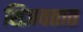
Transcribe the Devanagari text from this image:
शिजवतात